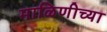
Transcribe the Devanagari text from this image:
माळिणीच्या